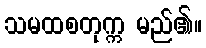
သမထစတုက္က မည်၏။